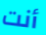
أنت